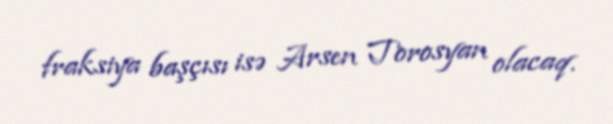
fraksiya başçısı isə Arsen Torosyan olacaq.